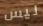
ليس